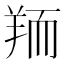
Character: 𦎂